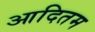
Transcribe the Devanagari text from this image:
आदितम